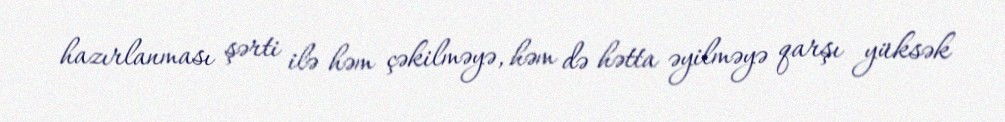
hazırlanması şərti ilə həm çəkilməyə, həm də hətta əyilməyə qarşı yüksək